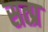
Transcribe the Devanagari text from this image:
सत्प्र